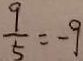
\frac { 9 } { 5 } = - 9